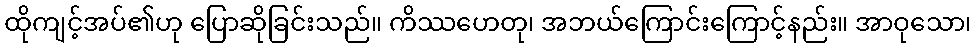
ထိုကျင့်အပ်၏ဟု ပြောဆိုခြင်းသည်။ ကိဿဟေတု၊ အဘယ်ကြောင်းကြောင့်နည်း။ အာဝုသော၊